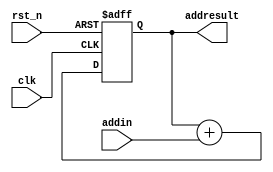
// add_reg.v

module add_reg(
               clk,
               addin,
               addresult,
               rst_n
               );

input  clk;
input  rst_n;
input  [11:0] addin;

output [19:0] addresult;

reg    [19:0] addresult;


always @ (negedge rst_n or posedge clk)
   begin
         if (rst_n == 1'b0)
             begin
                   addresult <= 0;
             end

         else
             begin
                   addresult <= addresult + addin;
             end
   end

endmodule